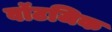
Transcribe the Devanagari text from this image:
वॉटजिक